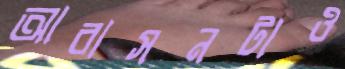
আবাসনটাও